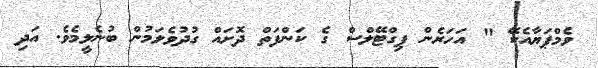
ވެމްޕަޔާއެކޭ " އަހަރެން ޕިގްޓޭލްސް ގެ ކަންފަތް ދޮށައް ގުދުވެލަމުން ބުނެލީމެވެ. އަދި